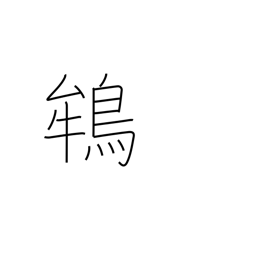
Meaning: crested ibis